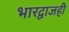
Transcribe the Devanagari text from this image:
भारद्वाजही